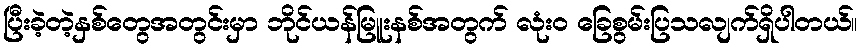
ပြီးခဲ့တဲ့နှစ်တွေအတွင်းမှာ ဘိုင်ယန်မြူးနစ်အတွက် လုံးဝ ခြေစွမ်းပြသလျက်ရှိပါတယ်။